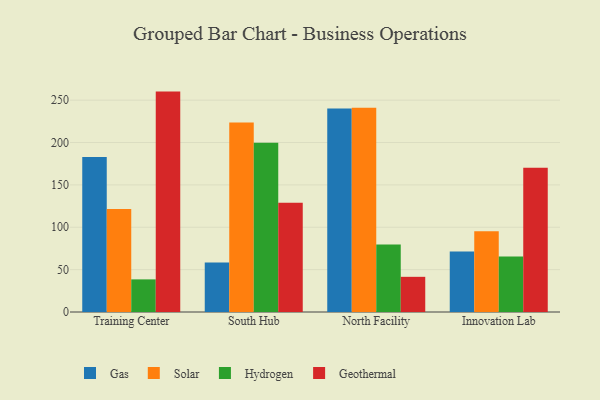
{"axis": {"x": "Campus", "y": "Humidity (%)"}, "legend": ["Gas", "Geothermal", "Hydrogen", "Solar"], "data": [{"x": "Training Center", "y": 182.9, "type": "Gas"}, {"x": "Training Center", "y": 121.6, "type": "Solar"}, {"x": "Training Center", "y": 38.5, "type": "Hydrogen"}, {"x": "Training Center", "y": 260.1, "type": "Geothermal"}, {"x": "South Hub", "y": 58.4, "type": "Gas"}, {"x": "South Hub", "y": 223.7, "type": "Solar"}, {"x": "South Hub", "y": 199.8, "type": "Hydrogen"}, {"x": "South Hub", "y": 129.0, "type": "Geothermal"}, {"x": "North Facility", "y": 240.2, "type": "Gas"}, {"x": "North Facility", "y": 240.9, "type": "Solar"}, {"x": "North Facility", "y": 79.6, "type": "Hydrogen"}, {"x": "North Facility", "y": 41.5, "type": "Geothermal"}, {"x": "Innovation Lab", "y": 71.4, "type": "Gas"}, {"x": "Innovation Lab", "y": 95.2, "type": "Solar"}, {"x": "Innovation Lab", "y": 65.5, "type": "Hydrogen"}, {"x": "Innovation Lab", "y": 170.1, "type": "Geothermal"}]}